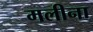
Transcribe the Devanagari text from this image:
मलीना